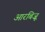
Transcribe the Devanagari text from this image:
आरबिज़ू